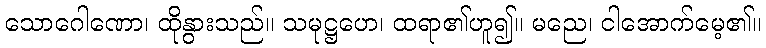
သောဂေါဏော၊ ထိုနွားသည်။ သမုဋ္ဌဟေ၊ ထရာ၏ဟူ၍။ မညေ၊ ငါအောက်မေ့၏။